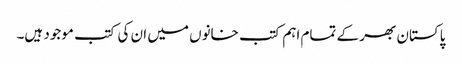
پاکستان بھر کے تمام اہم کتب خانوں میں ان کی کتب موجود ہیں۔